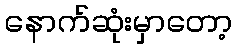
နောက်ဆုံးမှာတော့